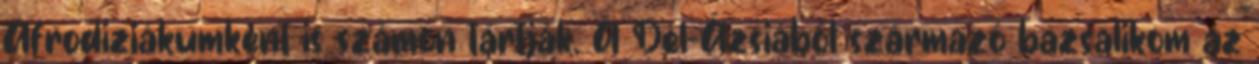
Afrodiziákumként is számon tartják. A Dél-Ázsiából származó bazsalikom az